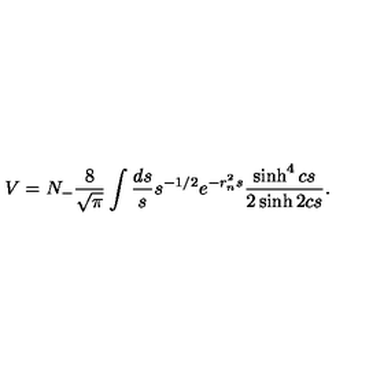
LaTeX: V = N _ { - } \frac { 8 } { \sqrt { \pi } } \int \frac { d s } { s } s ^ { - 1 / 2 } e ^ { - r _ { n } ^ { 2 } s } \frac { \sinh ^ { 4 } c s } { 2 \sinh 2 c s } .